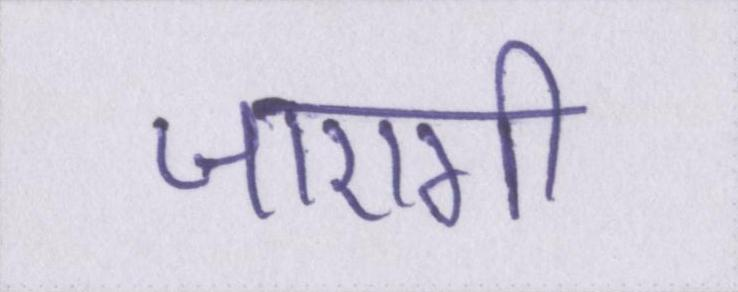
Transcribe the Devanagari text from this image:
जाएगी